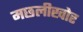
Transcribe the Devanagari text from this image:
मछलीखोर